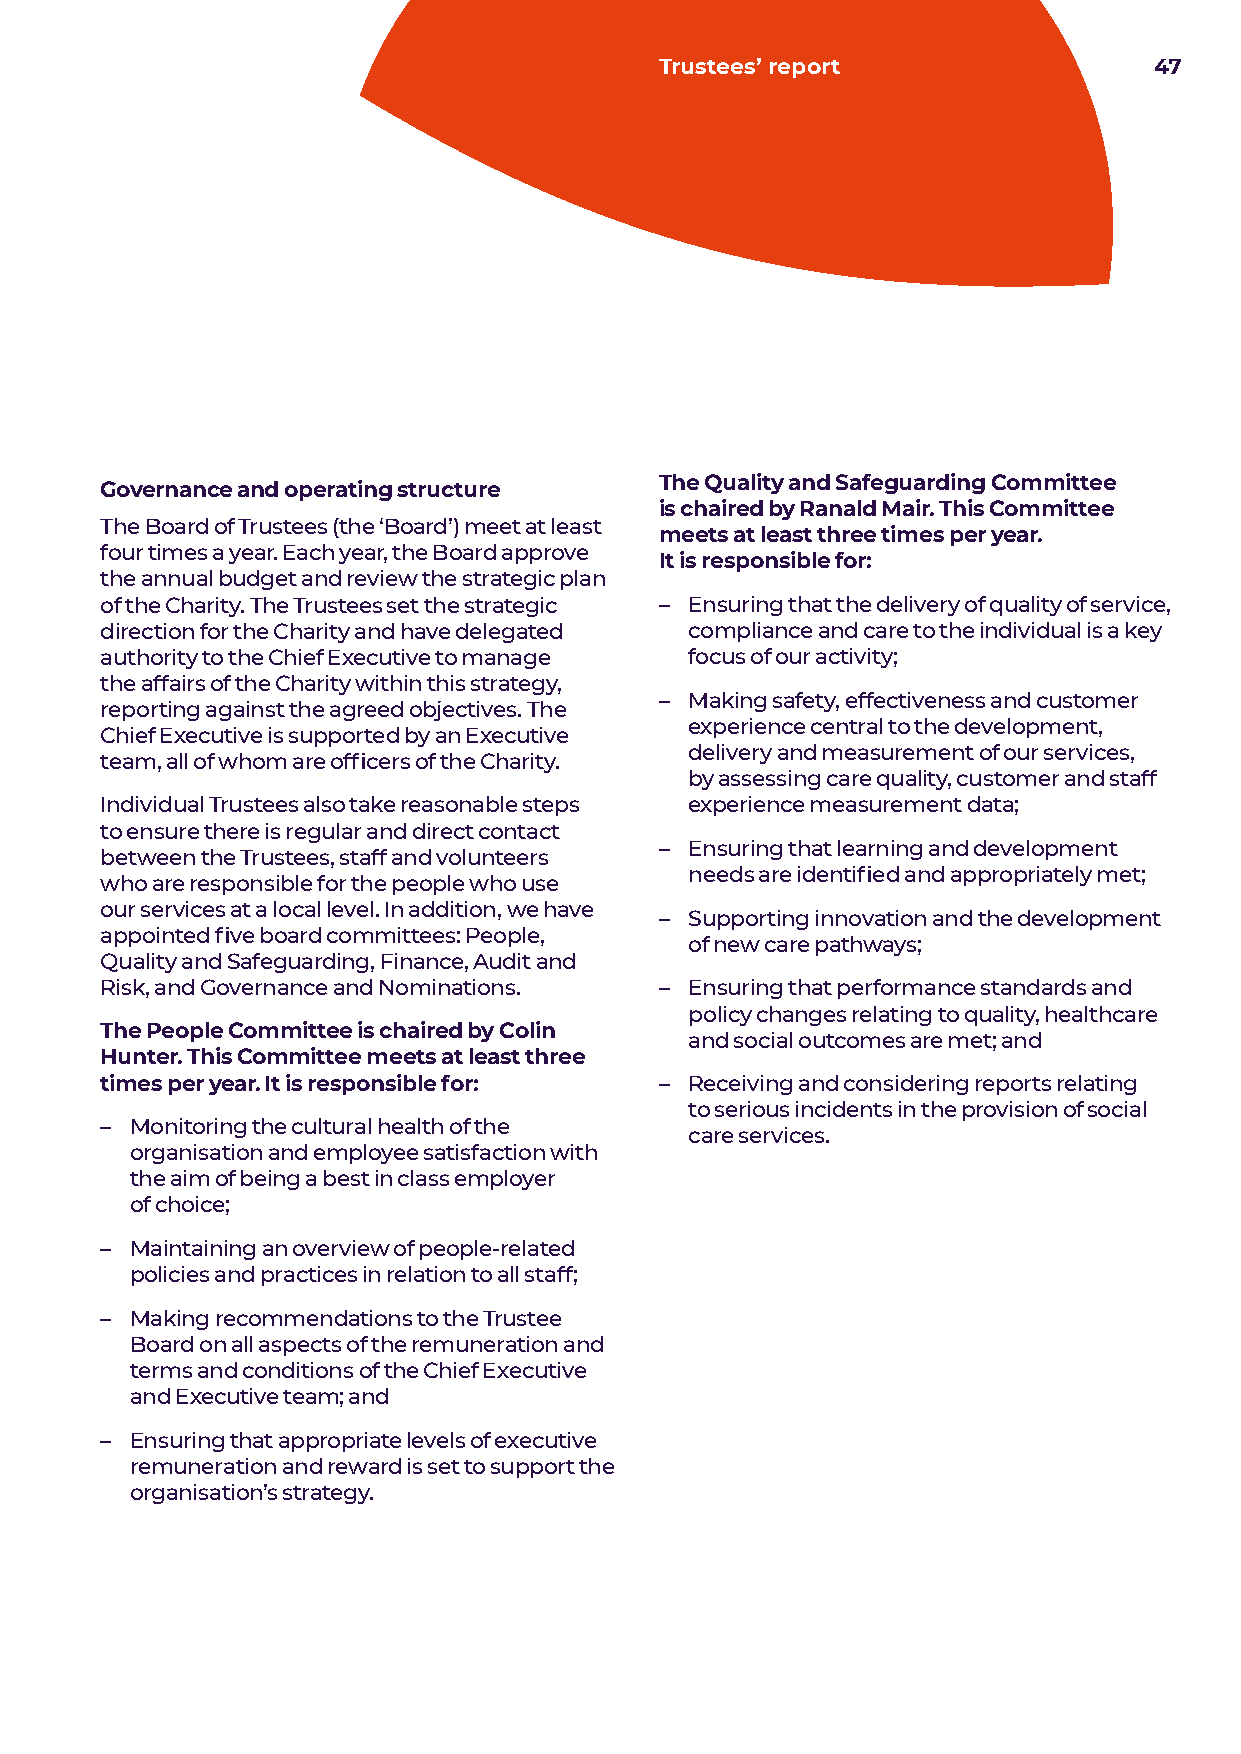
Trustees’ report                47
 Governance and operating structure   The Quality and Safeguarding Committee
 is chaired by Ranald Mair. This Committee
 The Board of Trustees (the ‘Board’) meet at least
 meets at least three times per year.
 four times a year. Each year, the Board approve
 It is responsible for:
 the annual budget and review the strategic plan
 of the Charity. The Trustees set the strategic – E nsuring that the delivery of quality of service,
 direction for the Charity and have delegated compliance and care to the individual is a key
 authority to the Chief Executive to manage focus of our activity;
 the affairs of the Charity within this strategy,
 – M aking safety, effectiveness and customer
 reporting against the agreed objectives. The
 experience central to the development,
 Chief Executive is supported by an Executive
 delivery and measurement of our services,
 team, all of whom are officers of the Charity.
 by assessing care quality, customer and staff
 Individual Trustees also take reasonable steps experience measurement data;
 to ensure there is regular and direct contact
 – Ensuring that learning and development
 between the Trustees, staff and volunteers
 needs are identified and appropriately met;
 who are responsible for the people who use
 our services at a local level. In addition, we have
 – Supporting innovation and the development
 appointed five board committees: People,
 of new care pathways;
 Quality and Safeguarding, Finance, Audit and
 Risk, and Governance and Nominations. – Ensuring that performance standards and
 policy changes relating to quality, healthcare
 The People Committee is chaired by Colin
 and social outcomes are met; and
 Hunter. This Committee meets at least three
 times per year. It is responsible for: – Receiving and considering reports relating
 to serious incidents in the provision of social
 – M onitoring the cultural health of the
 care services.
 organisation and employee satisfaction with
 the aim of being a best in class employer
 of choice;
 – Maintaining an overview of people-related
 policies and practices in relation to all staff;
 – M aking recommendations to the Trustee
 Board on all aspects of the remuneration and
 terms and conditions of the Chief Executive
 and Executive team; and
 – Ensuring that appropriate levels of executive
 remuneration and reward is set to support the
 organisation’s strategy.